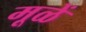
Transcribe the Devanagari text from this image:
मूळें